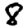
Digit: 8